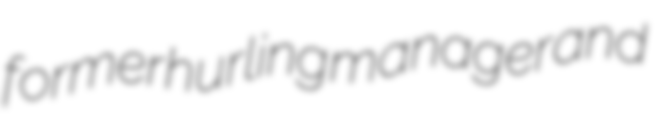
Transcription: former hurling manager and